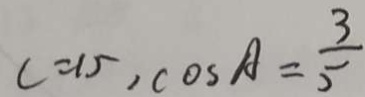
c = 1 5 , \cos A = \frac { 3 } { 5 }